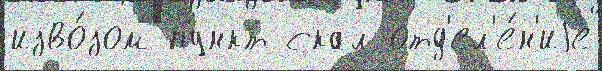
изво́зом пункт скал отд'ел'е́н'иjе